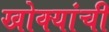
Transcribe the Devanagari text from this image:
खोक्यांची